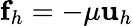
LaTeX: \mathbf f_{h}=-\mu\mathbf u_{h}